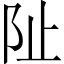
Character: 阯